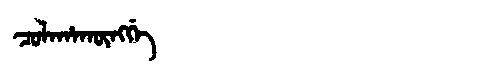
Manchu: ᠴᠣᠯᠠᡥᠠᡴᡡᠩᡤᡝ
Romanization: COLAHAKŪNGGE